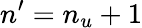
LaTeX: n^{\prime}=n_{u}+1